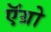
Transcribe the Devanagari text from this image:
ऍग्रो